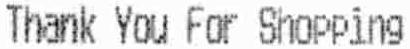
THANK YOU FOR SHOPPING